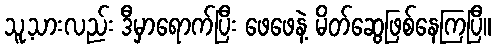
သူ့သားလည်း ဒီမှာရောက်ပြီး ဖေဖေနဲ့ မိတ်ဆွေဖြစ်နေကြပြီ။